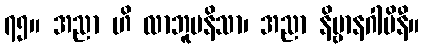
၇၅။ အညာ ဟိ လာဘူပနိသာ၊ အညာ နိဗ္ဗာနဂါမိနီ။